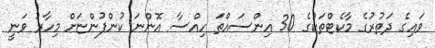
ވައިގެ ދަތުރުގެ މާކެޓްތަކުގެ 30 އިންސައްތަ ހިއްސާ އޮންނަ ކުންފުންޏަށް މިހާރު ވަނީ